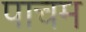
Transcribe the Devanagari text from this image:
पाचम